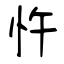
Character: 忤